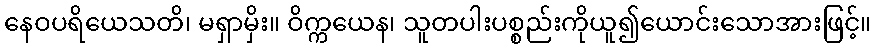
နေဝပရိယေသတိ၊ မရှာမှိး။ ဝိက္ကယေန၊ သူတပါးပစ္စည်းကိုယူ၍ယောင်းသောအားဖြင့်။